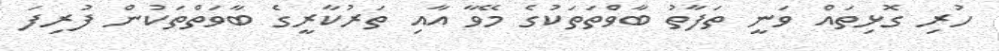
ހުރި ގޮޅިތައް ވަނީ ތަފާތު ބާވްތަތަކުގެ މޭވާ އާއި ތަރުކާރީގެ ބާވަތްތަކުން ފުރިފަ